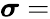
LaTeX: {\boldsymbol{\sigma}}=